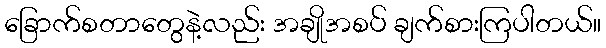
ခြောက်စတာတွေနဲ့လည်း အချိုအစပ် ချက်စားကြပါတယ်။